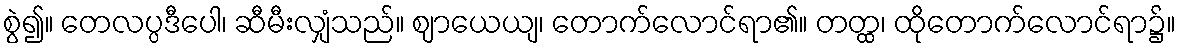
စွဲ၍။ တေလပ္ပဒီပေါ၊ ဆီမီးလျှံသည်။ ဈာယေယျ၊ တောက်လောင်ရာ၏။ တတ္ထ၊ ထိုတောက်လောင်ရာ၌။